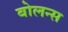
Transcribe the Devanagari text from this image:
बोलन्स